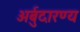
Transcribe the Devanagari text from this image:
अर्बुदारण्य